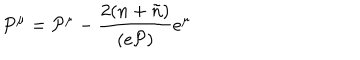
LaTeX: P ^ { \mu } = { \cal P } ^ { \mu } - \frac { 2 ( n + \tilde { n } ) } { ( e { \cal P } ) } e ^ { \mu }